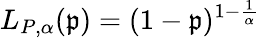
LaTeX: L_{P,\alpha}(\mathfrak{p})=(1-\mathfrak{p})^{1-\frac{{1}}{{\alpha}}}